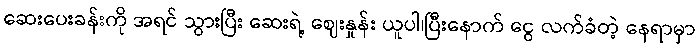
ဆေးပေးခန်းကို အရင် သွားပြီး ဆေးရဲ့ ဈေးနှုန်း ယူပါ၊ပြီးနောက် ငွေ လက်ခံတဲ့ နေရာမှာ